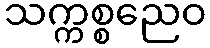
သက္ကစ္စညေဝ